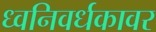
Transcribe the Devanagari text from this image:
ध्वनिवर्धकावर